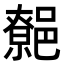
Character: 𨝼